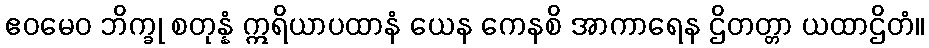
ဧဝမေဝ ဘိက္ခု စတုန္နံ ဣရိယာပထာနံ ယေန ကေနစိ အာကာရေန ဌိတတ္တာ ယထာဌိတံ။